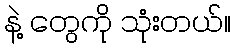
နဲ့ တွေကို သုံးတယ်။